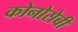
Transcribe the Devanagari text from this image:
कोनोसेबी